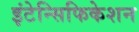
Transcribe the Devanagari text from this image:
इंटेन्सिफिकेशन